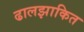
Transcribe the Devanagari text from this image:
ढालझाकित